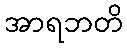
အာရဘတိ